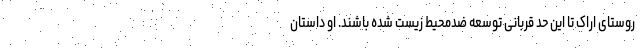
روستای اراک تا این حد قربانی توسعه ضد‌محیط‌ زیست شده باشند. او داستان